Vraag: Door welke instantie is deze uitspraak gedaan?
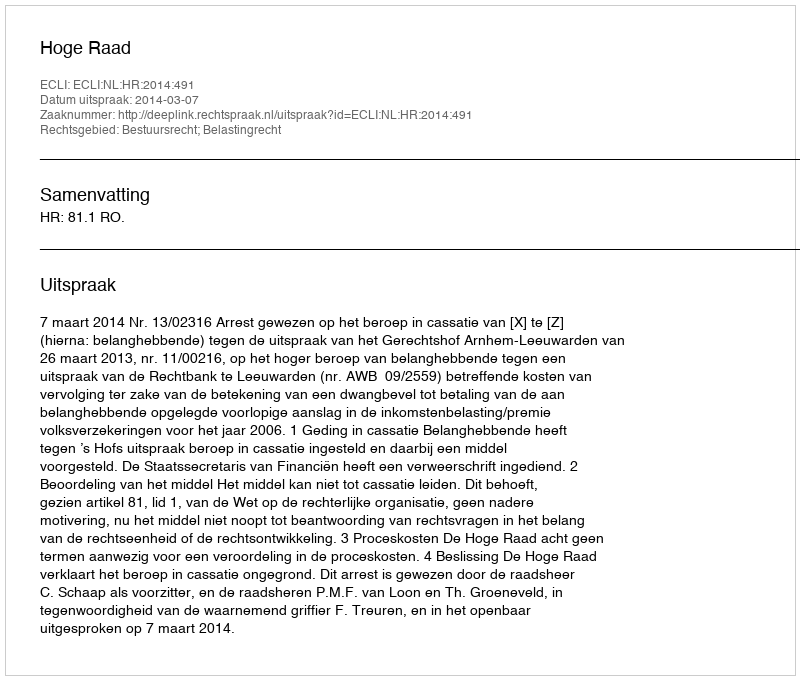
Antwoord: Hoge Raad